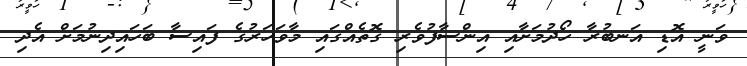
ވަނީ އޮޑި އަނބުރާ ހޯދުމަށާއި އިންސާފުވެރި ގޮތެއްގައި މާވަހަރުގެ ފައިސާ ބަހައިދިނުމަށް އެދި